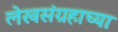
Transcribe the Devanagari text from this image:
लेखसंग्रहाच्या